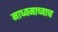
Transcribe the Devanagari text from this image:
माध्यमाच्याच